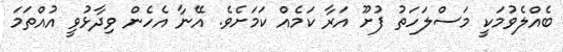
ބެއްލެވުމަކީ މަސްލަހަތު ފުށޫ އަރާ ކަމެއް ކަމަށެވެ. އޭނާ އެހެން ވިދާޅުވީ އުއްތަމަ